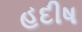
હદીષ